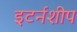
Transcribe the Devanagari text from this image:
इटर्नशीप